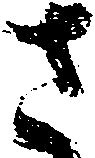
さ